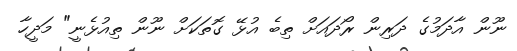
ނޫން އާދަމުގެ ދަރިން ރޯދައަށް ތިބެ އުޅޭ ގޮތަކަށް ނޫން ތިއުޅެނީ" މަދީހާ